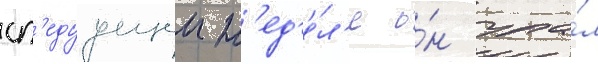
сл'едуущеи н'ед'е́л'е о́н упа́л